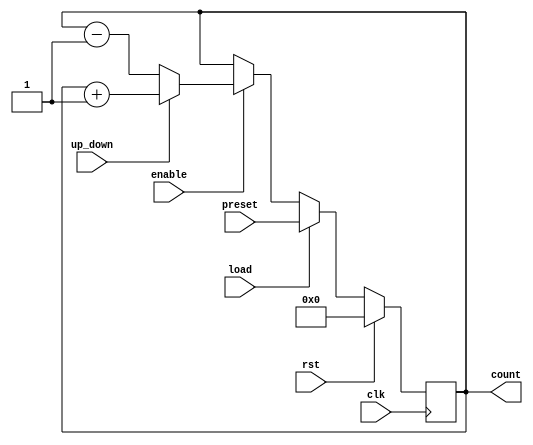
module Synchronous_Load_Counter (
    input wire clk,             // Clock input
    input wire rst,             // Reset input (active-high)
    input wire load,            // Load input (active-high)
    input wire [3:0] preset,    // Preset value input (4 bits wide)
    input wire enable,          // Count enable input
    input wire up_down,         // Count direction (1 for up, 0 for down)
    output reg [3:0] count      // Counter value output (4 bits wide)
);

// Always block triggered by the rising edge of the clock
always @(posedge clk) begin
    if (rst) begin
        // Reset the counter to zero
        count <= 4'b0000;
    end else if (load) begin
        // Load the preset value into the counter
        count <= preset;
    end else if (enable) begin
        // Count up or down based on the up_down signal
        if (up_down) begin
            // Count up
            count <= count + 1;
        end else begin
            // Count down
            count <= count - 1;
        end
    end
end

endmodule